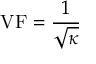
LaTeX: \mathrm { V F } = { \frac { 1 } { \sqrt { \kappa } } }